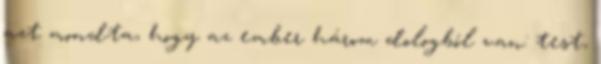
azt mondta, hogy az ember három dologból van: test,